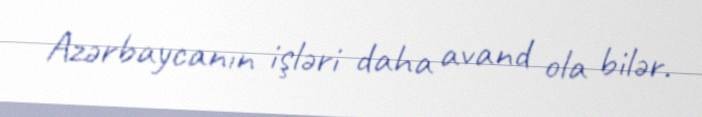
Azərbaycanın işləri daha avand ola bilər.